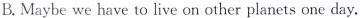
B. Maybe we have to live on other planets one day.